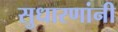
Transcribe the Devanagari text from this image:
सुधारणांनी